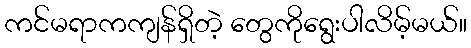
ကင်မရာကကျန်ရှိတဲ့ တွေကိုရွေးပါလိမ့်မယ်။